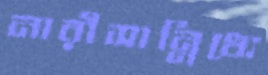
নারীসান্নিধ্যে